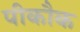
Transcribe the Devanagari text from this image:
पीकौक